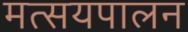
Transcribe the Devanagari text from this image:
मत्सयपालन